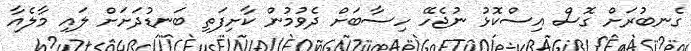
ގެނބުރަށް ގޮސް އިސްކޮޅު ނުޖެހޭ ހިސާބަށް ދެވުމުން ކާށިފަތި ބަނޑުދަށަށް ލައި މާލެއާ